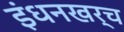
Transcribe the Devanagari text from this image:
इंधनखर्च